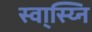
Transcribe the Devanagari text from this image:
स्वा्स्य्नि